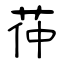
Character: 茽